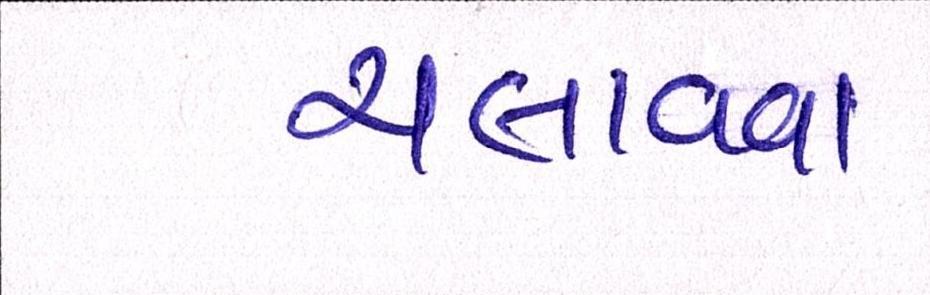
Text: ચલાવવા